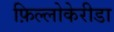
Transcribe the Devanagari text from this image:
फ़िल्लोकेरीडा